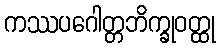
ကဿပဂေါတ္တဘိက္ခုဝတ္ထု